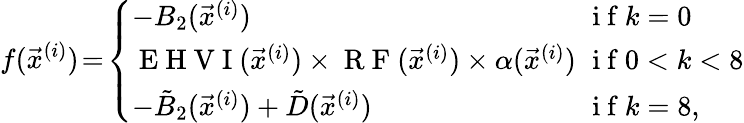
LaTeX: f(\vec{x}^{(i)})\! =\! \left\{ \begin{array}{ll}{-B_{2}(\vec{x}^{(i)})}&{\mathrm{~i~f~}k=0}\\ {\mathrm{~E~H~V~I~}(\vec{x}^{(i)})\times\mathrm{~R~F~}(\vec{x}^{(i)})\times\alpha(\vec{x}^{(i)})\! \! \! \! }&{\mathrm{~i~f~}0<k<8}\\ {-\tilde{B}_{2}(\vec{x}^{(i)})+\tilde{D}(\vec{x}^{(i)})}&{\mathrm{~i~f~}k=8,}\end{array}\right.